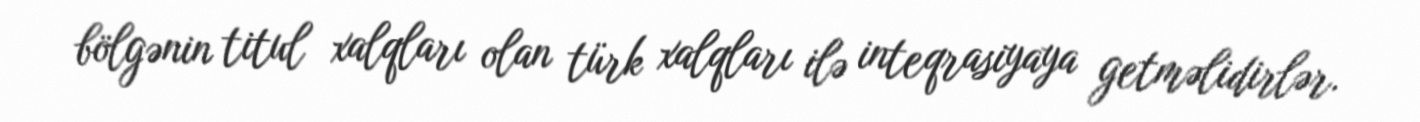
bölgənin titul xalqları olan türk xalqları ilə inteqrasiyaya getməlidirlər.